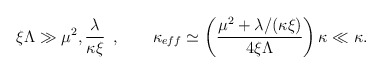
\begin{align*}\xi \Lambda \gg \mu ^{2},\frac{\lambda}{\kappa \xi} \;\, , \quad\quad \kappa _{eff} \simeq \left( \frac{\mu ^2 + \lambda /(\kappa\xi )}{4\xi \Lambda} \right) \kappa \ll \kappa .\end{align*}